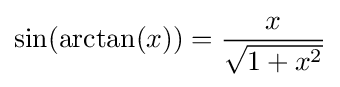
\sin(\arctan(x))={\frac {x}{\sqrt {1+x^{2}}}}